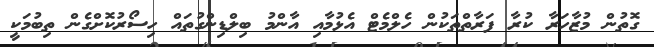
ގޮތުން މުޒާހަރާ ކުރާ ފަރާތްތަކުން ހެލްމެޓް އެޅުމާއި އާންމު ބިލްޑިންގުތައް ހިސޯރުކޮށްގެން ތިބުމަކީ